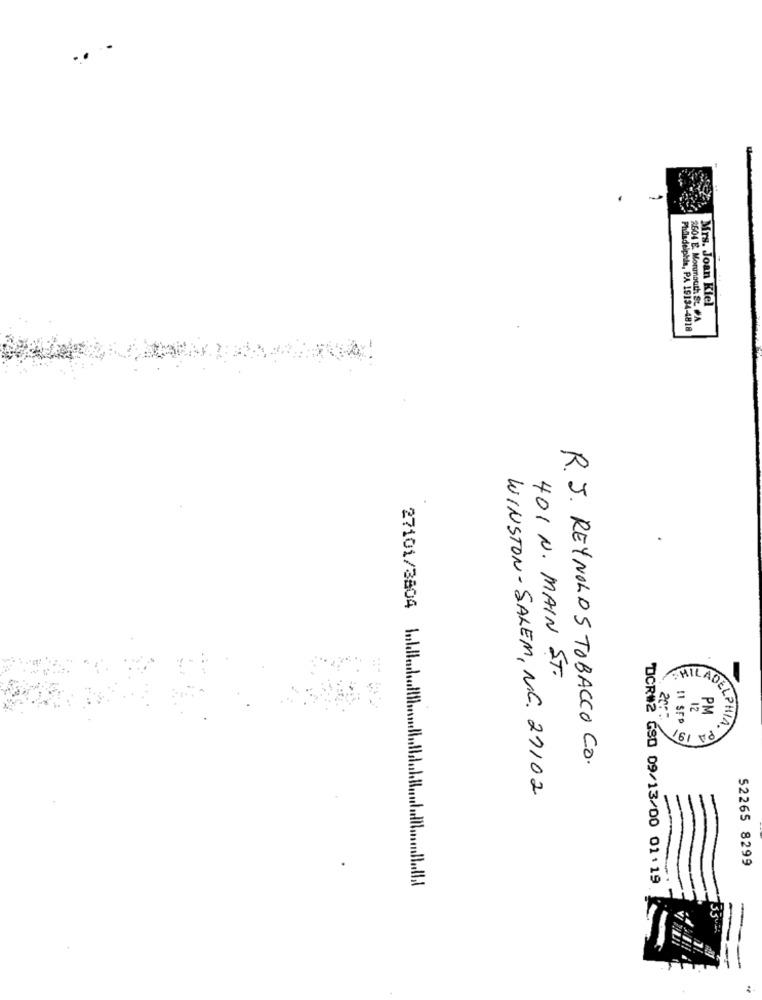
..
Mrs. Joan Kiel
2604 E. Monmouth St PA
Philadelphia, PA 19134-4818
401 N. MAIN ST.
CHILAD
=
ADE
12
PA 191
PM
R. J. REYNOLDS TOBACCO CO.
WINSTON-SALEM, N.C. 21102
52265 8299
DCR#2 GSD 09/13/00 01:19
27101/3804 1nldi ..... /lb .............. ................. IL.